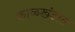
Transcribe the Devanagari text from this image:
काळखंडात